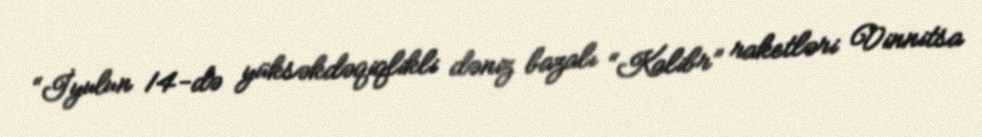
“İyulun 14-də yüksəkdəqiqlikli dəniz bazalı “Kalibr” raketləri Vinnitsa